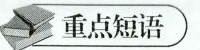
重点短语